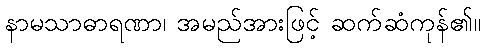
နာမသာဓာရဏာ၊ အမည်အားဖြင့် ဆက်ဆံကုန်၏။